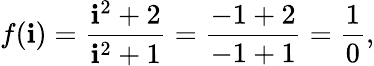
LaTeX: f(\mathbf{i})={\frac{{\mathbf{i}^{2}+2}}{{\mathbf{i}^{2}+1}}}={\frac{{-1+2}}{{-1+1}}}={\frac{{1}}{{0}}},